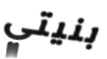
بنيتي